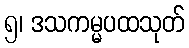
၅၊ ဒသကမ္မပထသုတ်